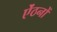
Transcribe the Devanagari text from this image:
ऐंठनों